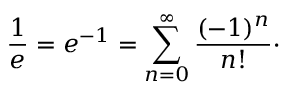
{ \frac { 1 } { e } } = e ^ { - 1 } = \sum _ { n = 0 } ^ { \infty } { \frac { ( - 1 ) ^ { n } } { n ! } } \cdot